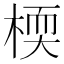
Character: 㮕